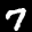
Label: 7